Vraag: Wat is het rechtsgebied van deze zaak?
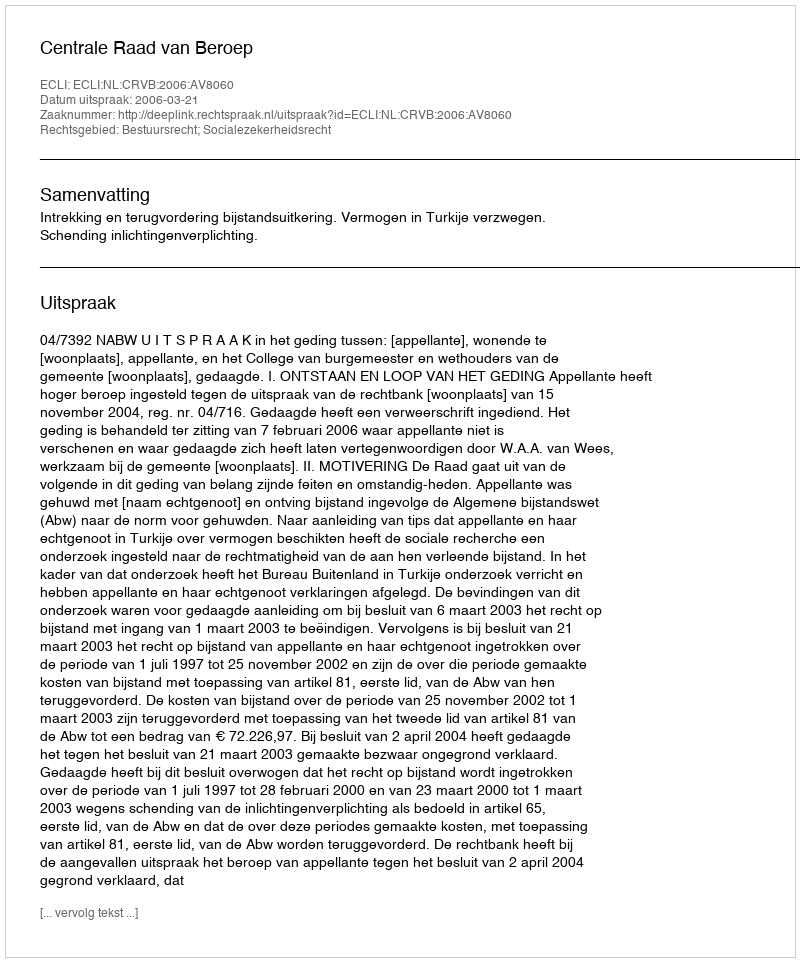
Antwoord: Bestuursrecht; Socialezekerheidsrecht